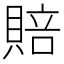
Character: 賠